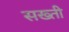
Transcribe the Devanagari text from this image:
सख्‍ती